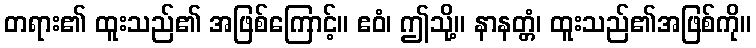
တရား၏ ထူးသည်၏ အဖြစ်ကြောင့်။ ဧဝံ၊ ဤသို့။ နာနတ္တံ၊ ထူးသည်၏အဖြစ်ကို။